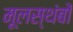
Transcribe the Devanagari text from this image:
मूलस्थंबों